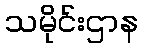
သမိုင်းဌာန